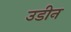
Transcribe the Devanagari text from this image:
उडीन